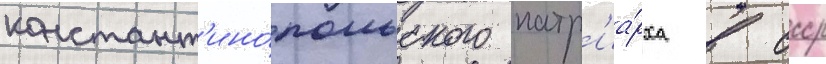
констант'ино́польского патр'иа́рха в ссср